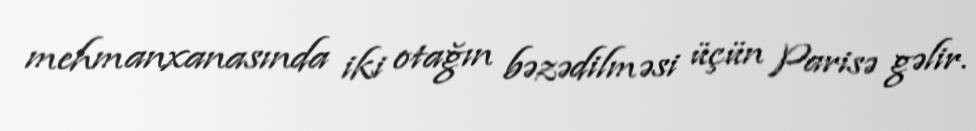
mehmanxanasında iki otağın bəzədilməsi üçün Parisə gəlir.